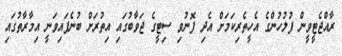
ރާއްޖެޓީވީން ފުލުހުންގެ އެހީތެރިކަމަށް އެދި ފޮނުވި ސިޓީގެ ޖަވާބުގައި އިތުރަށް ބުނެފައިވަނީ އިމާރާތުގައި